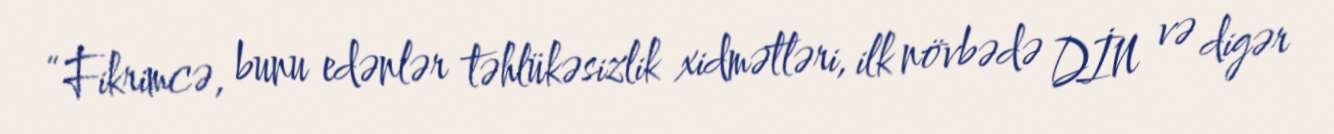
“Fikrimcə, bunu edənlər təhlükəsizlik xidmətləri, ilk növbədə DİN və digər